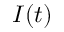
I ( t )